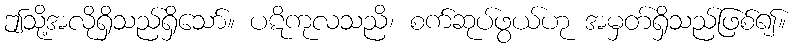
ဤသို့အလိုရှိသည်ရှိသော်။ ပဋိကုလသညိ၊ စက်ဆုပ်ဖွယ်ဟု အမှတ်ရှိသည်ဖြစ်၍။